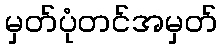
မှတ်ပုံတင်အမှတ်